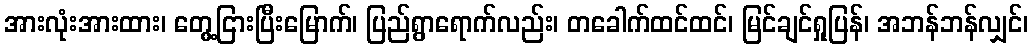
အားလုံးအားထား၊ တွေ့ငြားပြီးမြောက်၊ ပြည်ရွာရောက်လည်း၊ တခေါက်ထင်ထင်၊ မြင်ချင်ရှုပြန်၊ အဘန်ဘန်လျှင်၊